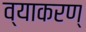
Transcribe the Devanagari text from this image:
व्याकरण्